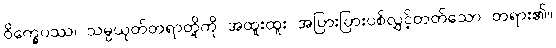
ဝိက္ခေပဿ၊ သမ္ပယုတ်တရာတို့ကို အထူးထူး အပြားပြားပစ်လွှင့်တတ်သော တရား၏။